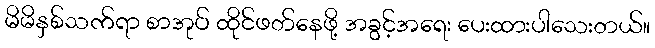
မိမိနှစ်သက်ရာ စာအုပ် ထိုင်ဖတ်နေဖို့ အခွင့်အရေး ပေးထားပါသေးတယ်။